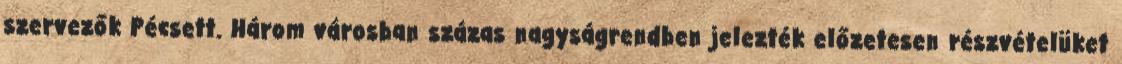
szervezők Pécsett. Három városban százas nagyságrendben jelezték előzetesen részvételüket